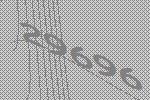
29696